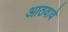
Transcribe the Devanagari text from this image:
आठवावे